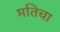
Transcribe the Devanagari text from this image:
मतिचा